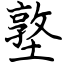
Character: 墪